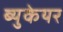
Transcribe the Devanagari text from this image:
ब्युकेयर